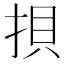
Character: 𢭲